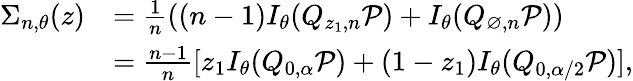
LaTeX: \begin{array}{rl}{\Sigma_{n,\theta}(z)}&{=\frac{1}{n}\left((n-1)I_{\theta}(Q_{z_{1},n}{\mathcal P})+I_{\theta}(Q_{\varnothing,n}{\mathcal P})\right)}\\ &{=\frac{n-1}{n}[z_{1}I_{\theta}(Q_{0,\alpha}{\mathcal P})+(1-z_{1})I_{\theta}(Q_{0,\alpha/2}{\mathcal P})],}\end{array}